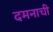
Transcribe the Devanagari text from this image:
दमनाची